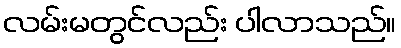
လမ်းမတွင်လည်း ပါလာသည်။